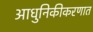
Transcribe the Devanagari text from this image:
आधुनिकीकरणात